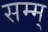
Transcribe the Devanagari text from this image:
सम्म्